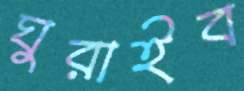
ঘুরাইব